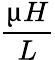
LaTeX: \frac{\upmu H}{L}